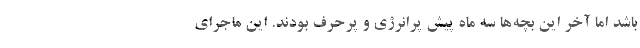
باشد اما آخر این بچه‌ها سه ماه پیش پرانرژی و پرحرف بودند. این ماجرای